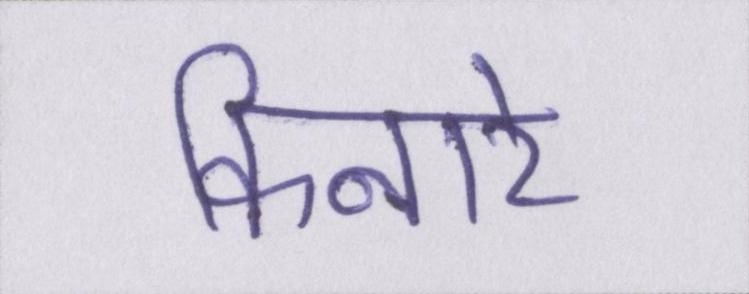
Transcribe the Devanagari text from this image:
किनारे